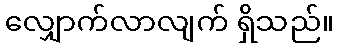
လျှောက်လာလျက် ရှိသည်။